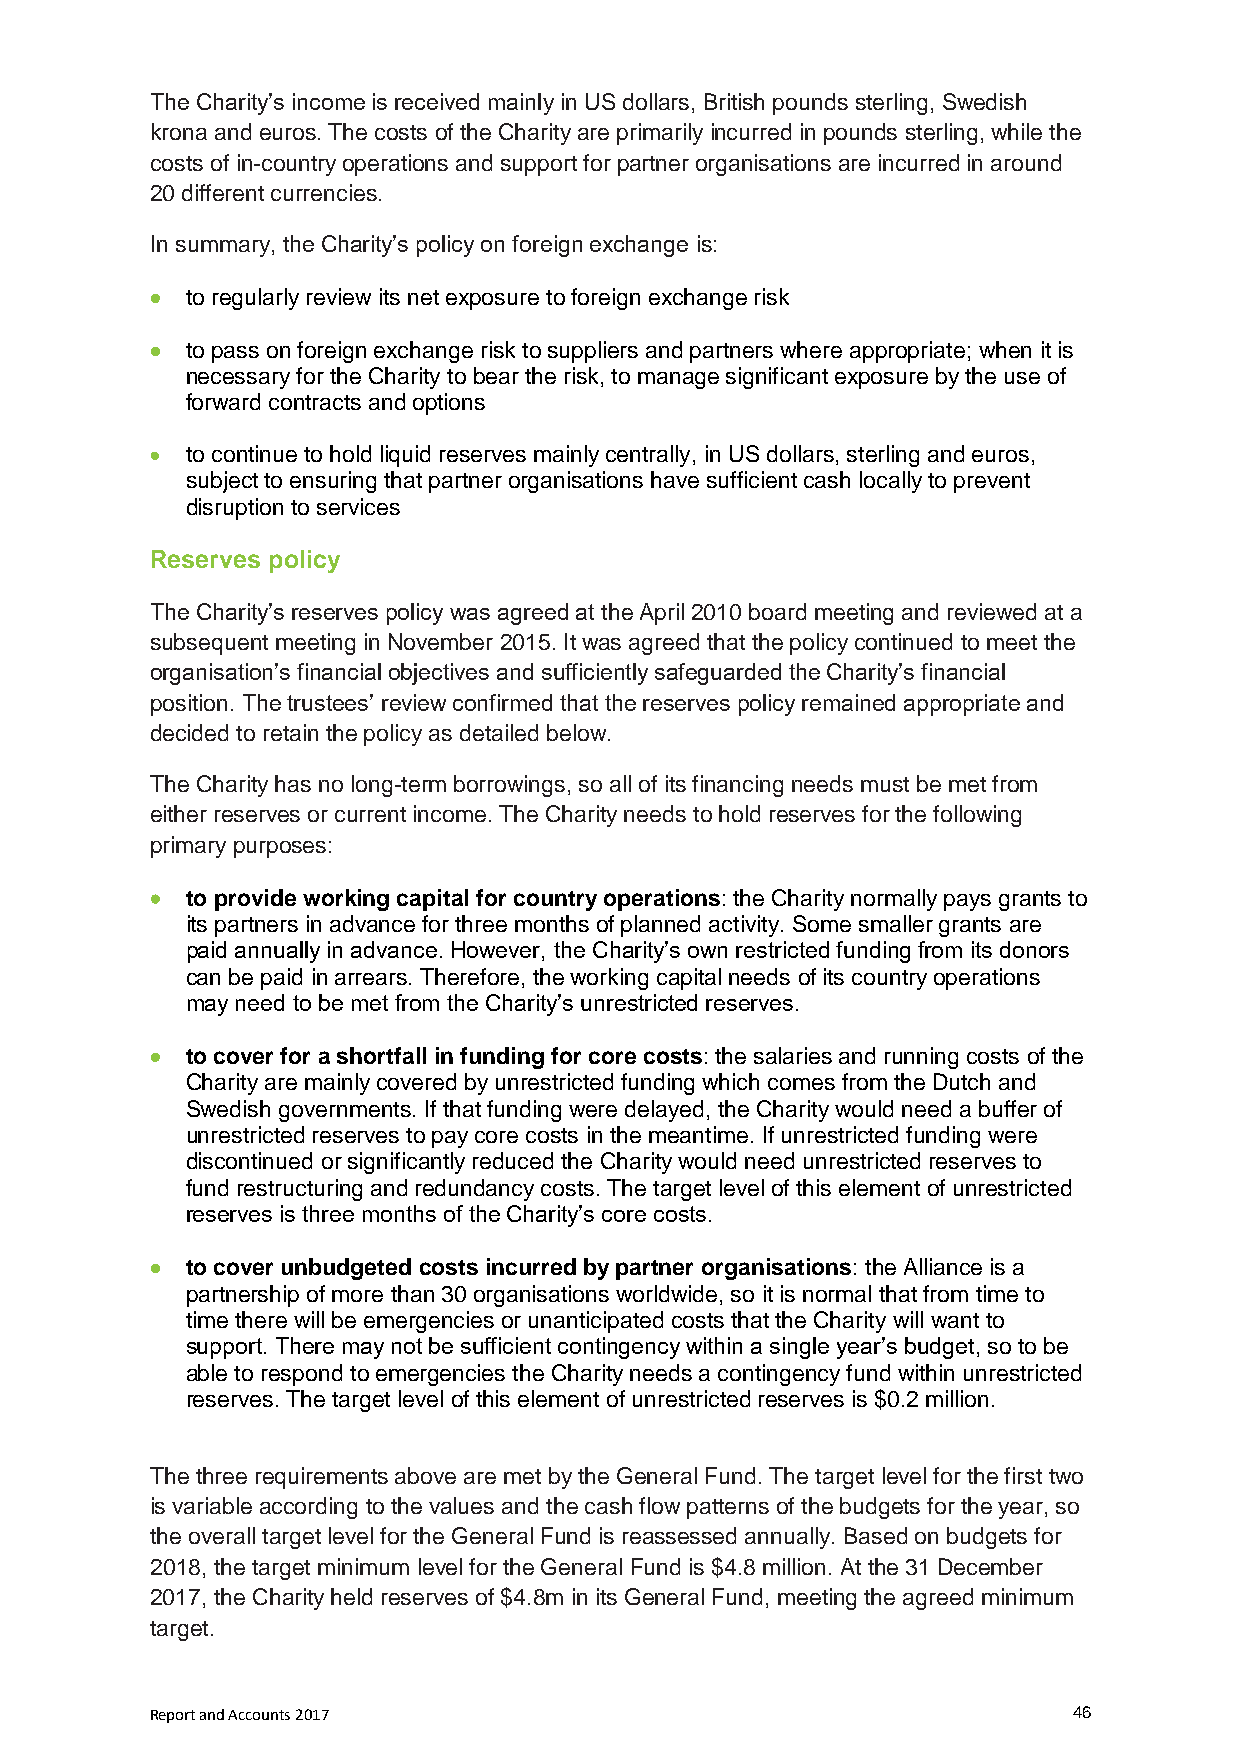
The Charity’s income is received mainly in US dollars, British pounds sterling, Swedish
 krona and euros. The costs of the Charity are primarily incurred in pounds sterling, while the
 costs of in-country operations and support for partner organisations are incurred in around
 20 different currencies.
 In summary, the Charity’s policy on foreign exchange is:
  to regularly review its net exposure to foreign exchange risk
  to pass on foreign exchange risk to suppliers and partners where appropriate; when it is
 necessary for the Charity to bear the risk, to manage significant exposure by the use of
 forward contracts and options
  to continue to hold liquid reserves mainly centrally, in US dollars, sterling and euros,
 subject to ensuring that partner organisations have sufficient cash locally to prevent
 disruption to services
 Reserves policy
 The Charity’s reserves policy was agreed at the April 2010 board meeting and reviewed at a
 subsequent meeting in November 2015. It was agreed that the policy continued to meet the
 organisation’s financial objectives and sufficiently safeguarded the Charity’s financial
 position. The trustees’ review confirmed that the reserves policy remained appropriate and
 decided to retain the policy as detailed below.
 The Charity has no long-term borrowings, so all of its financing needs must be met from
 either reserves or current income. The Charity needs to hold reserves for the following
 primary purposes:
  to provide working capital for country operations: the Charity normally pays grants to
 its partners in advance for three months of planned activity. Some smaller grants are
 paid annually in advance. However, the Charity’s own restricted funding from its donors
 can be paid in arrears. Therefore, the working capital needs of its country operations
 may need to be met from the Charity’s unrestricted reserves.
  to cover for a shortfall in funding for core costs: the salaries and running costs of the
 Charity are mainly covered by unrestricted funding which comes from the Dutch and
 Swedish governments. If that funding were delayed, the Charity would need a buffer of
 unrestricted reserves to pay core costs in the meantime. If unrestricted funding were
 discontinued or significantly reduced the Charity would need unrestricted reserves to
 fund restructuring and redundancy costs. The target level of this element of unrestricted
 reserves is three months of the Charity’s core costs.
  to cover unbudgeted costs incurred by partner organisations: the Alliance is a
 partnership of more than 30 organisations worldwide, so it is normal that from time to
 time there will be emergencies or unanticipated costs that the Charity will want to
 support. There may not be sufficient contingency within a single year’s budget, so to be
 able to respond to emergencies the Charity needs a contingency fund within unrestricted
 reserves. The target level of this element of unrestricted reserves is $0.2 million.
 The three requirements above are met by the General Fund. The target level for the first two
 is variable according to the values and the cash flow patterns of the budgets for the year, so
 the overall target level for the General Fund is reassessed annually. Based on budgets for
 2018, the target minimum level for the General Fund is $4.8 million. At the 31 December
 2017, the Charity held reserves of $4.8m in its General Fund, meeting the agreed minimum
 target.
 Report and Accounts 2017                                     46